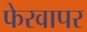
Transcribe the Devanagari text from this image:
फेरवापर